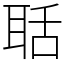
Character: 聒